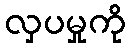
လှပမှုကို